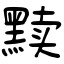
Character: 黩